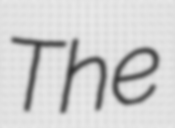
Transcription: The